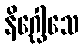
နိဂ္ဃေါသေ